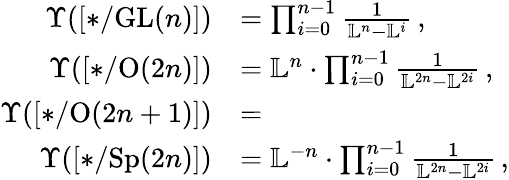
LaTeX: \begin{array}{rl}{\Upsilon([*/\mathrm{GL}(n)])}&{=\prod_{i=0}^{n-1}\frac{1}{\mathbb{L}^{n}-\mathbb{L}^{i}}\, ,}\\ {\Upsilon([*/\mathrm{O}(2n)])}&{=\mathbb{L}^{n}\cdot\prod_{i=0}^{n-1}\frac{1}{\mathbb{L}^{2n}-\mathbb{L}^{2i}}\, ,}\\ {\Upsilon([*/\mathrm{O}(2n+1)])}&{=}\\ {\Upsilon([*/\mathrm{Sp}(2n)])}&{=\mathbb{L}^{-n}\cdot\prod_{i=0}^{n-1}\frac{1}{\mathbb{L}^{2n}-\mathbb{L}^{2i}}\, ,}\end{array}